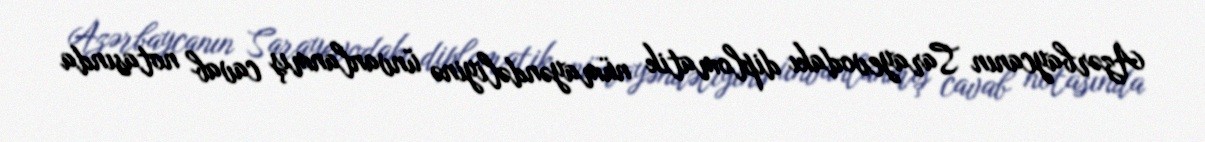
Azərbaycanın Sarayevodakı diplomatik nümayəndəliyinə ünvanlanmış cavab notasında